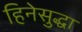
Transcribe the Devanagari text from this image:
हिनेसुद्धा